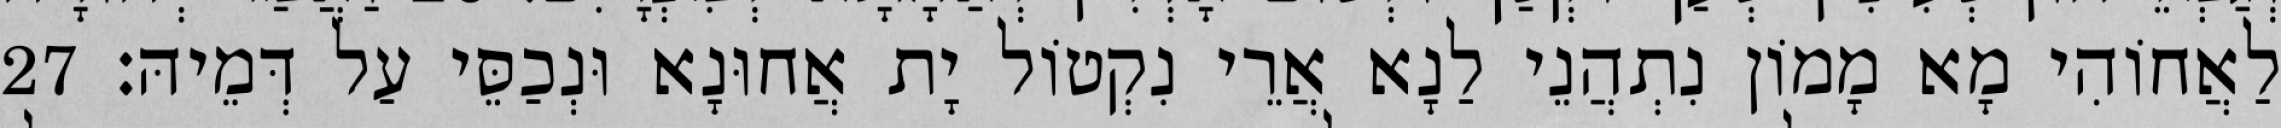
לַאֲחוֹהִי מָא מָמוֹן נִתְהֲנֵי לַנָא אֲרֵי נִקְטוֹל יָת אֲחוּנָא וּנְכַסֵּי עַל דְּמֵיהּ׃ 27